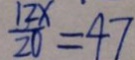
\frac { 1 2 x } { 2 0 } = 4 7